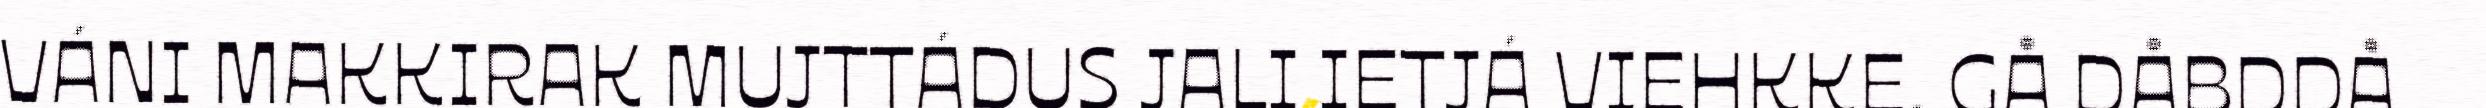
VÁNI MAKKIRAK MUJTTÁDUS JALI IETJÁ VIEHKKE. GÅ DÅBDDÅ